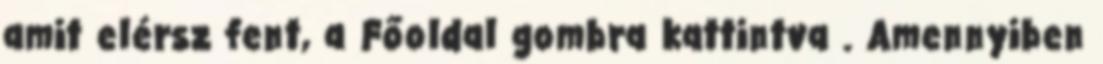
amit elérsz fent, a Főoldal gombra kattintva . Amennyiben